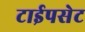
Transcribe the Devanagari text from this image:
टाईपसेट